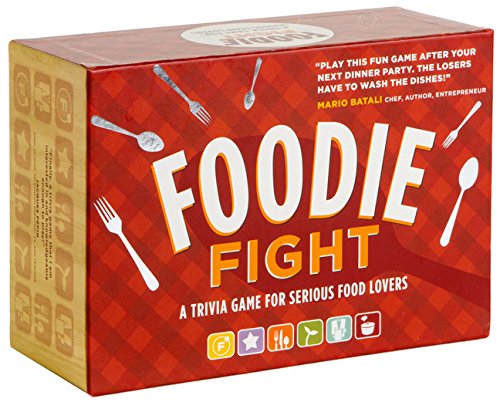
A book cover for Foodie Fight: A Trivia Game for Serious Food Lovers; Joyce Lock; Humor & Entertainment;